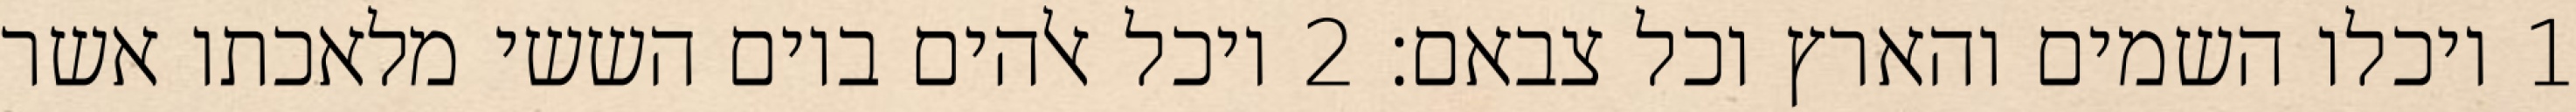
1 ויכלו השמים והארץ וכל צבאם׃ ‎2‏ ויכל אלהים ביום הששי מלאכתו אשר